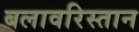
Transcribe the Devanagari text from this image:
बलावरिस्तान